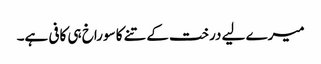
میرے لیے درخت کے تنے کا سوراخ ہی کافی ہے۔